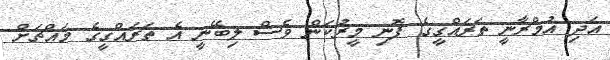
އަދި އުމްރާނީ ތަރައްގީގެ ފޮނި މީރުކަން ވެސް ލިބޭނީ އެ ތަރައްގީގެ މައްޗަށް